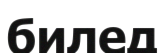
билед